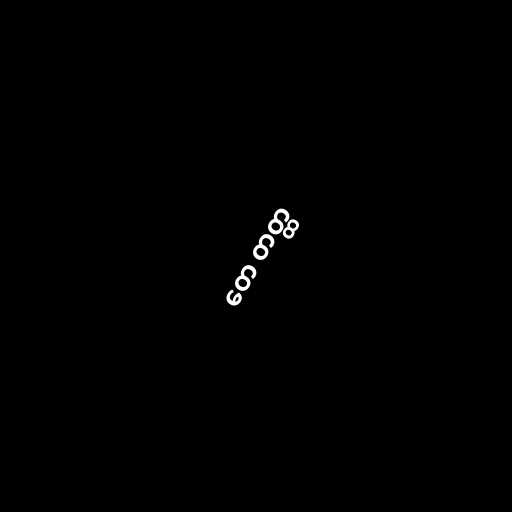
တေ တတ္ထ